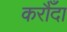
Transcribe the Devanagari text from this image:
करौँदा